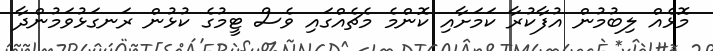
މޮޅެއް ލިބުމުން އުފާކުރާ ކަމަށާއި ކޮންމެ މެޗެއްގައި ވެސް ޓީމުގެ ކުޅުން ރަނގަޅުވަމުންދާ